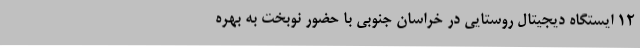
12 ایستگاه دیجیتال روستایی در خراسان جنوبی با حضور نوبخت به بهره‌